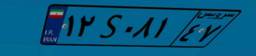
۱۲S۰۸۱۴۷